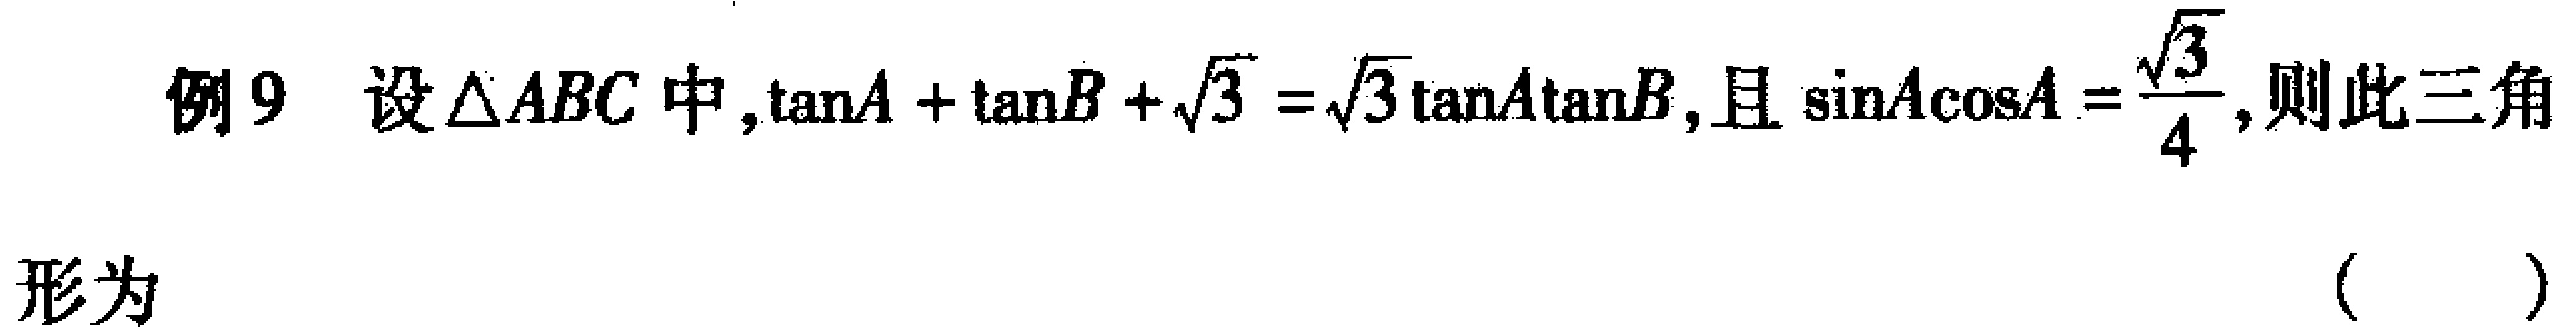
例9 设$\triangle ABC$中，$\tan A+\tan B+\sqrt{3}=\sqrt{3}\tan A\tan B$，且$\sin A\cos A = \frac{\sqrt{3}}{4}$，则此三角形为 （  ）